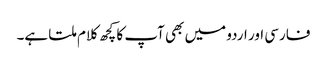
فارسی اور اردو میں بھی آپ کا کچھ کلام ملتا ہے۔